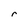
Character: r